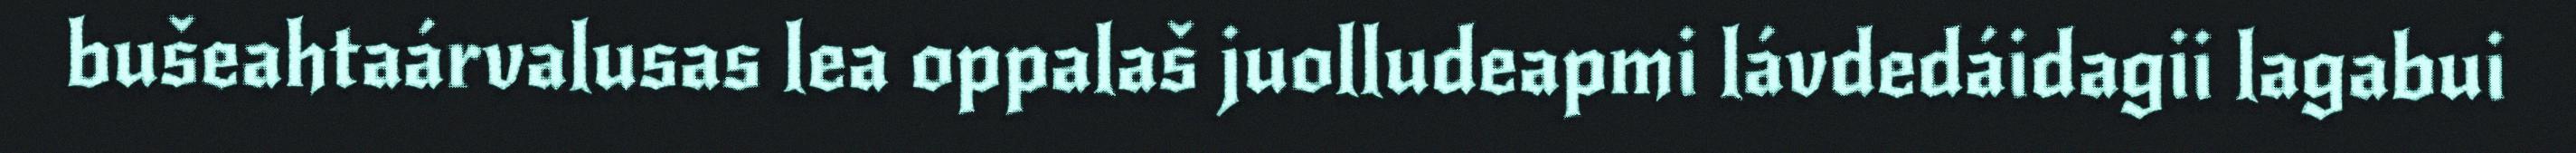
bušeahtaárvalusas lea oppalaš juolludeapmi lávdedáidagii lagabui